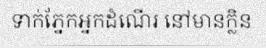
ទាក់ភ្នែកអ្នកដំណើរ នៅមានក្លិន